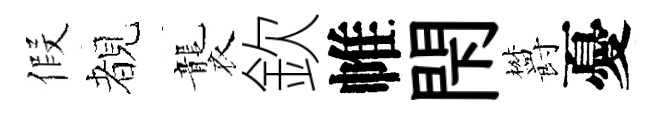
假覩襲欽帷閇欝憂